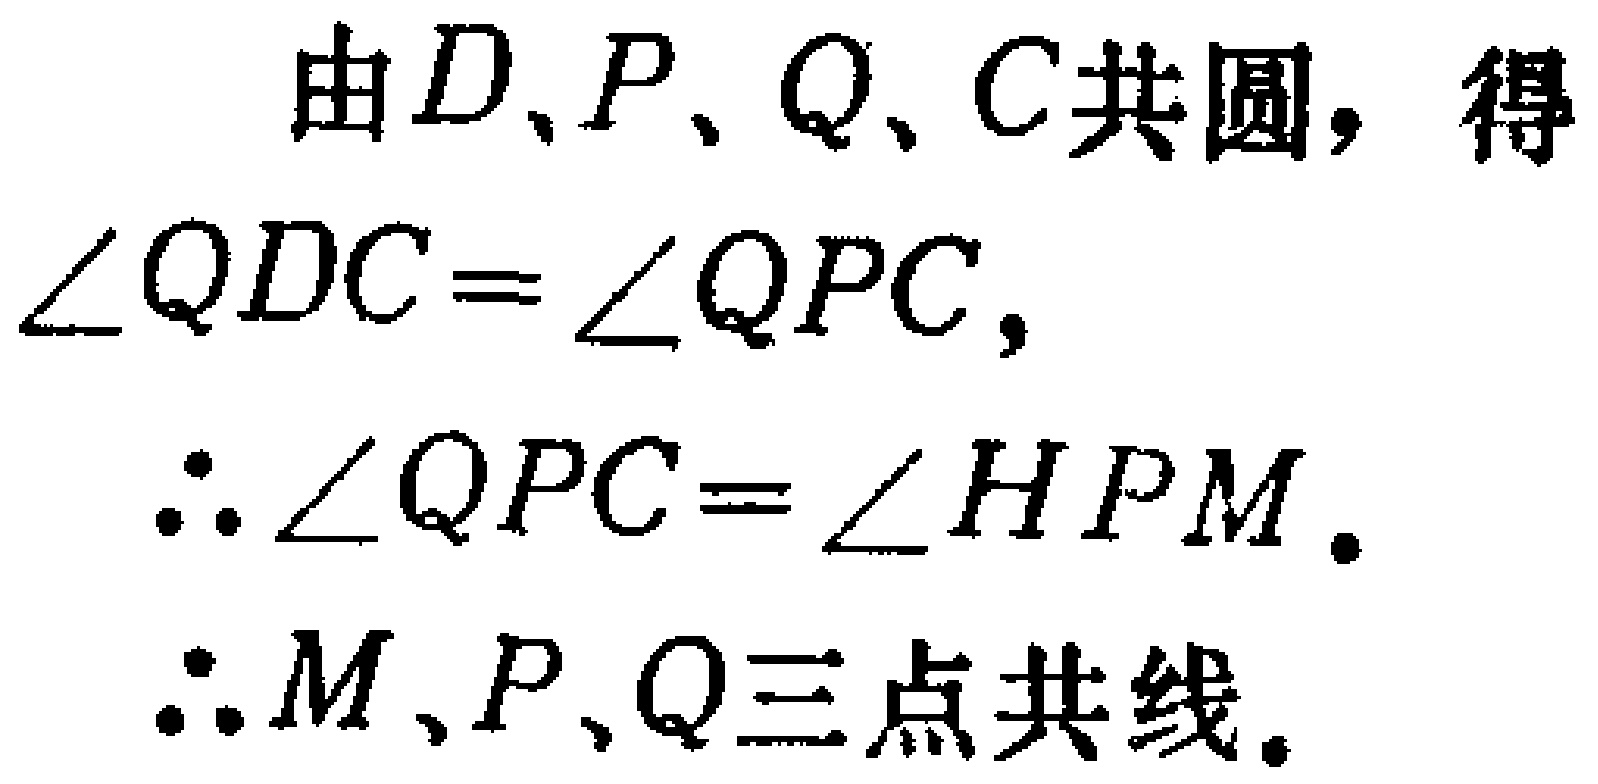
由\(D\)、\(P\)、\(Q\)、\(C\)共圆，得
\(\angle QDC = \angle QPC\)，
\(\therefore \angle QPC = \angle HPM\).
\(\therefore M\)、\(P\)、\(Q\)三点共线。